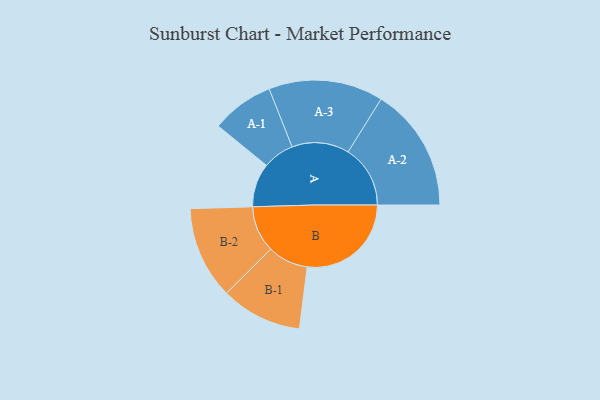
{"axis": {"x": "Segment", "y": "Value"}, "legend": ["", "A", "B"], "data": [{"x": "A", "y": 207, "type": ""}, {"x": "B", "y": 492, "type": ""}, {"x": "A-1", "y": 148, "type": "A"}, {"x": "A-2", "y": 294, "type": "A"}, {"x": "A-3", "y": 271, "type": "A"}, {"x": "B-1", "y": 192, "type": "B"}, {"x": "B-2", "y": 219, "type": "B"}]}